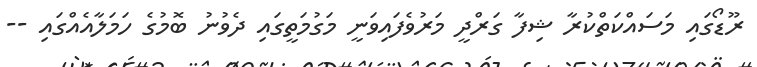
ރޫޑޯގައި މަސައްކަތްކުރާ ޝިފާ ގަރްދީ މަރުވެފައިވަނީ މަގުމަތީގައި ދެވުނު ބޮމުގެ ހަމަލާއެއްގައި --